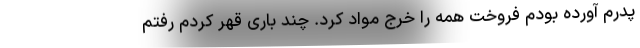
پدرم آورده بودم فروخت همه را خرج مواد کرد. چند باری قهر کردم رفتم